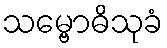
သမ္ဗောဓိသုခံ